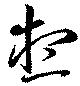
想